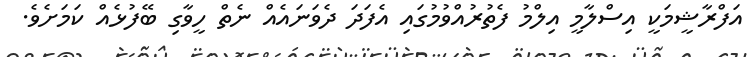
އަފްރާޝީމަކީ އިސްލާމީ އިލްމު ފެތުރުއްވުމުގައި އެފަދަ ދެވަނައެއް ނެތް ހީވާގި ބޭފުޅެއް ކަމަށެވެ.